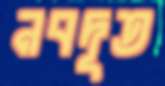
নবদূত